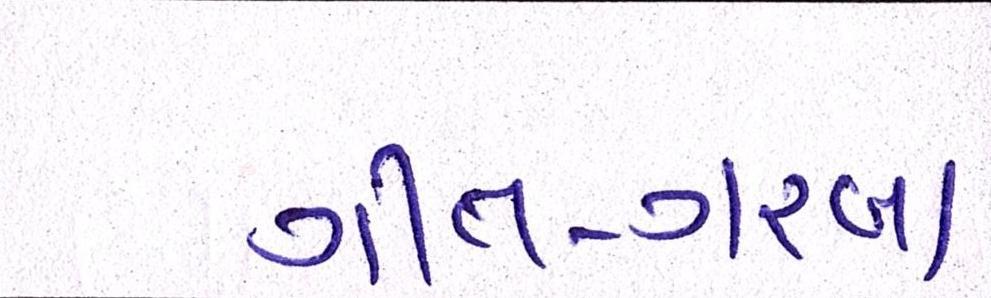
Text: ગીત-ગરબા